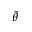
\bar { \theta }